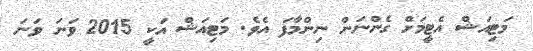
މަޓިއަޝް އެޓީމަށް ގެންނަން ނިންމާފަ އެވެ. މަޓިއަޝް އަކީ 2015 ވަނަ ވަނަ